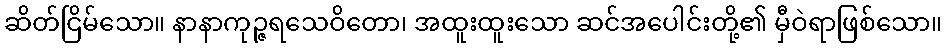
ဆိတ်ငြိမ်သော။ နာနာကုဉ္ဇရသေဝိတော၊ အထူးထူးသော ဆင်အပေါင်းတို့၏ မှီဝဲရာဖြစ်သော။